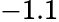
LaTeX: -1.1